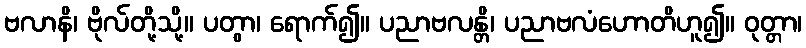
ဗလာနိ၊ ဗိုလ်တို့သို့။ ပတွာ၊ ရောက်၍။ ပညာဗလန္တိ၊ ပညာဗလံဟောတိဟူ၍။ ဝုတ္တာ၊